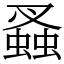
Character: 𧎮